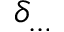
\delta _ { \dots }